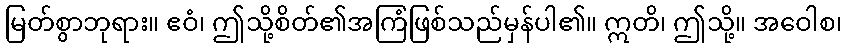
မြတ်စွာဘုရား။ ဧဝံ၊ ဤသို့စိတ်၏အကြံဖြစ်သည်မှန်ပါ၏။ ဣတိ၊ ဤသို့။ အဝေါစ၊